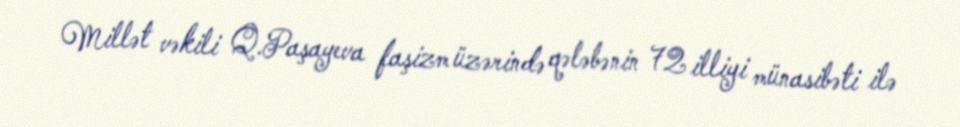
Millət vəkili Q.Paşayeva faşizm üzərində qələbənin 72 illiyi münasibəti ilə